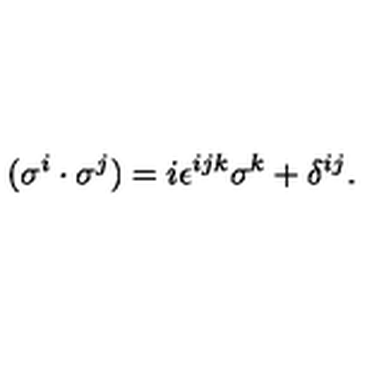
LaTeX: ( \sigma ^ { i } \cdot \sigma ^ { j } ) = i \epsilon ^ { i j k } \sigma ^ { k } + \delta ^ { i j } .